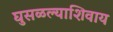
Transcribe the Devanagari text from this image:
घुसळल्याशिवाय